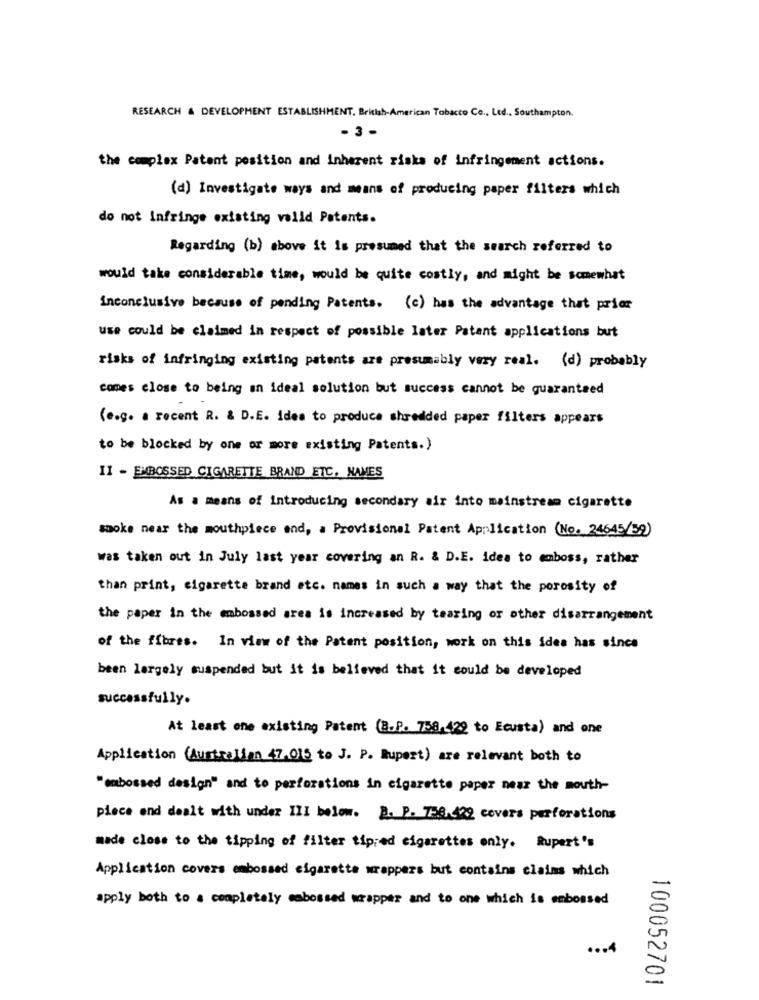
RESEARCH & DEVELOPMENT ESTABLISHMENT. British-American Tobacto Co ., Ltd ., Southampton.
-3-
the complex Patent position and inherent risks of infringement actions.
(d) Investigate ways and means of producing paper filters which
do not Infringe existing valid Patents.
Regarding (b) above it is presumed that the search referred to
would take considerable time, would be quite costly, and might be somewhat
inconclusive because of pending Patents. (c) has the advantage that prior
use could be claimed in respect of possible later Patent applications but
risks of infringing existing patents are presumably very real. (d) probably
comes close to being an ideal solution but success cannot be guaranteed
(e.g. a recent R. & D.E. idea to produce shredded paper filters appears
to be blocked by one or more existing Patents.)
II - EMBOSSED CIGARETTE BRAND ETC. NAMES
As a means of Introducing secondary air into mainstream cigarette
smoke near the mouthpiece end, a Provisional Patent Application (No. 24645/39)
was taken out in July last year covering an R. & D.E. idea to emboss, rather
than print, cigarette brand etc. names in such a way that the porosity of
the paper in the embossed area is increased by tearing or other disarrangement
of the fibres. In view of the Patent position, work on this idea has since
been largely suspended but it is believed that it could be developed
successfully.
At least one existing Patent (B.P. 758.429 to Ecusta) and one
Application (Australian 47.015 to J. P. Rupert) are relevant both to
"embossed design" and to perforations in cigarette paper near the mouth-
piece end dealt with under III below. B. P. 736.422 covers perforations
made close to the tipping of filter tip;ed cigarettes only. Rupert's
Application covers embossed cigarette wrappers but contains claims which
apply both to a completely embossed wrapper and to one which is embossed
... 4
100052701